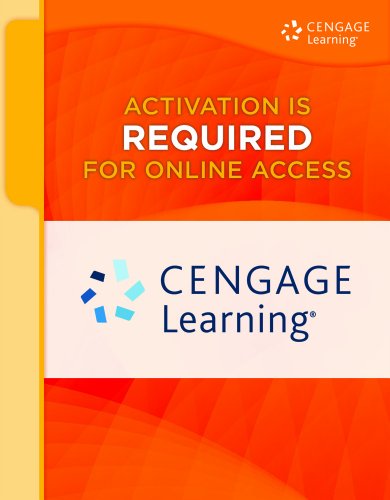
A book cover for Keyboarding Pro DELUXE Online Lessons 1-25, 1 term (6 months) Printed Access Card; Susie H. VanHuss; Business & Money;